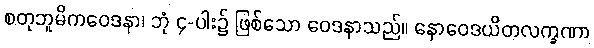
စတုဘူမိကဝေဒနာ၊ ဘုံ ၄-ပါး၌ ဖြစ်သော ဝေဒနာသည်။ နောဝေဒယိတလက္ခဏာ